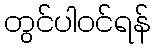
တွင်ပါဝင်ရန်